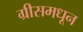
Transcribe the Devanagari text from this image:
ग्रीसमधून